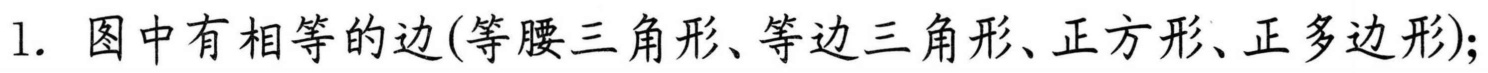
1. 图中有相等的边(等腰三角形、等边三角形、正方形、正多边形);